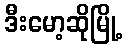
ဒီးမော့ဆိုမြို့